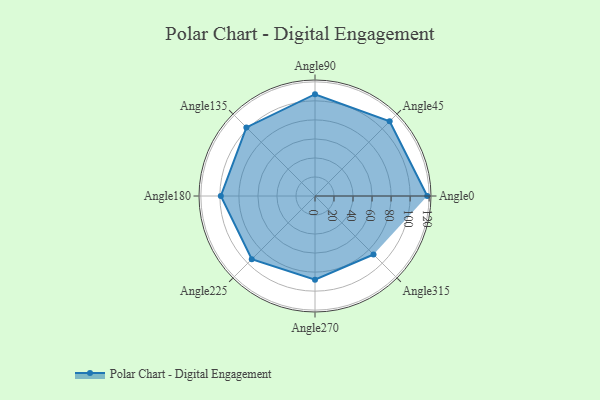
{"axis": {"x": "Angle", "y": "Radius"}, "legend": [""], "data": [{"x": "Angle0", "y": 118.0, "type": ""}, {"x": "Angle45", "y": 111.0, "type": ""}, {"x": "Angle90", "y": 107.0, "type": ""}, {"x": "Angle135", "y": 102.0, "type": ""}, {"x": "Angle180", "y": 99.0, "type": ""}, {"x": "Angle225", "y": 94.0, "type": ""}, {"x": "Angle270", "y": 88.0, "type": ""}, {"x": "Angle315", "y": 87.0, "type": ""}]}